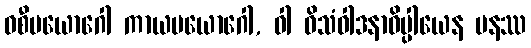
ဝစီပယောဂေါ ကာယပယောဂေါ, ဝါ ဝိသံဝါဒနာဓိပ္ပါယေန ပနဿ